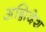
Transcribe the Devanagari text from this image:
अग्निदेश